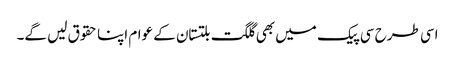
اسی طرح سی پیک میں بھی گلگت بلتستان کے عوام اپنا حقوق لیں گے۔